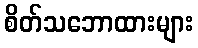
စိတ်သဘောထားများ